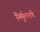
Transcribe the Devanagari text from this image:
निर्मुलनाचे